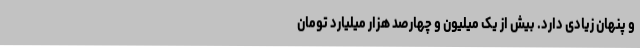
و پنهان زیادی دارد. بیش از یک میلیون و چهارصد هزار میلیارد تومان